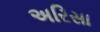
અરિસા